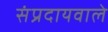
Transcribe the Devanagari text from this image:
संप्रदायवाले